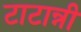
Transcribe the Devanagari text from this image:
टाटान्नी